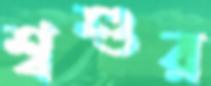
শ্বশুর